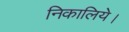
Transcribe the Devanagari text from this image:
निकालिये।